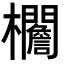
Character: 𣡞